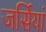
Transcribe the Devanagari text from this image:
जर्सियां